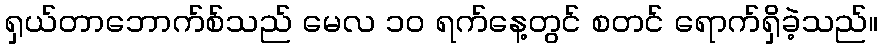
ရှယ်တာဘောက်စ်သည် မေလ ၁၀ ရက်နေ့တွင် စတင် ရောက်ရှိခဲ့သည်။